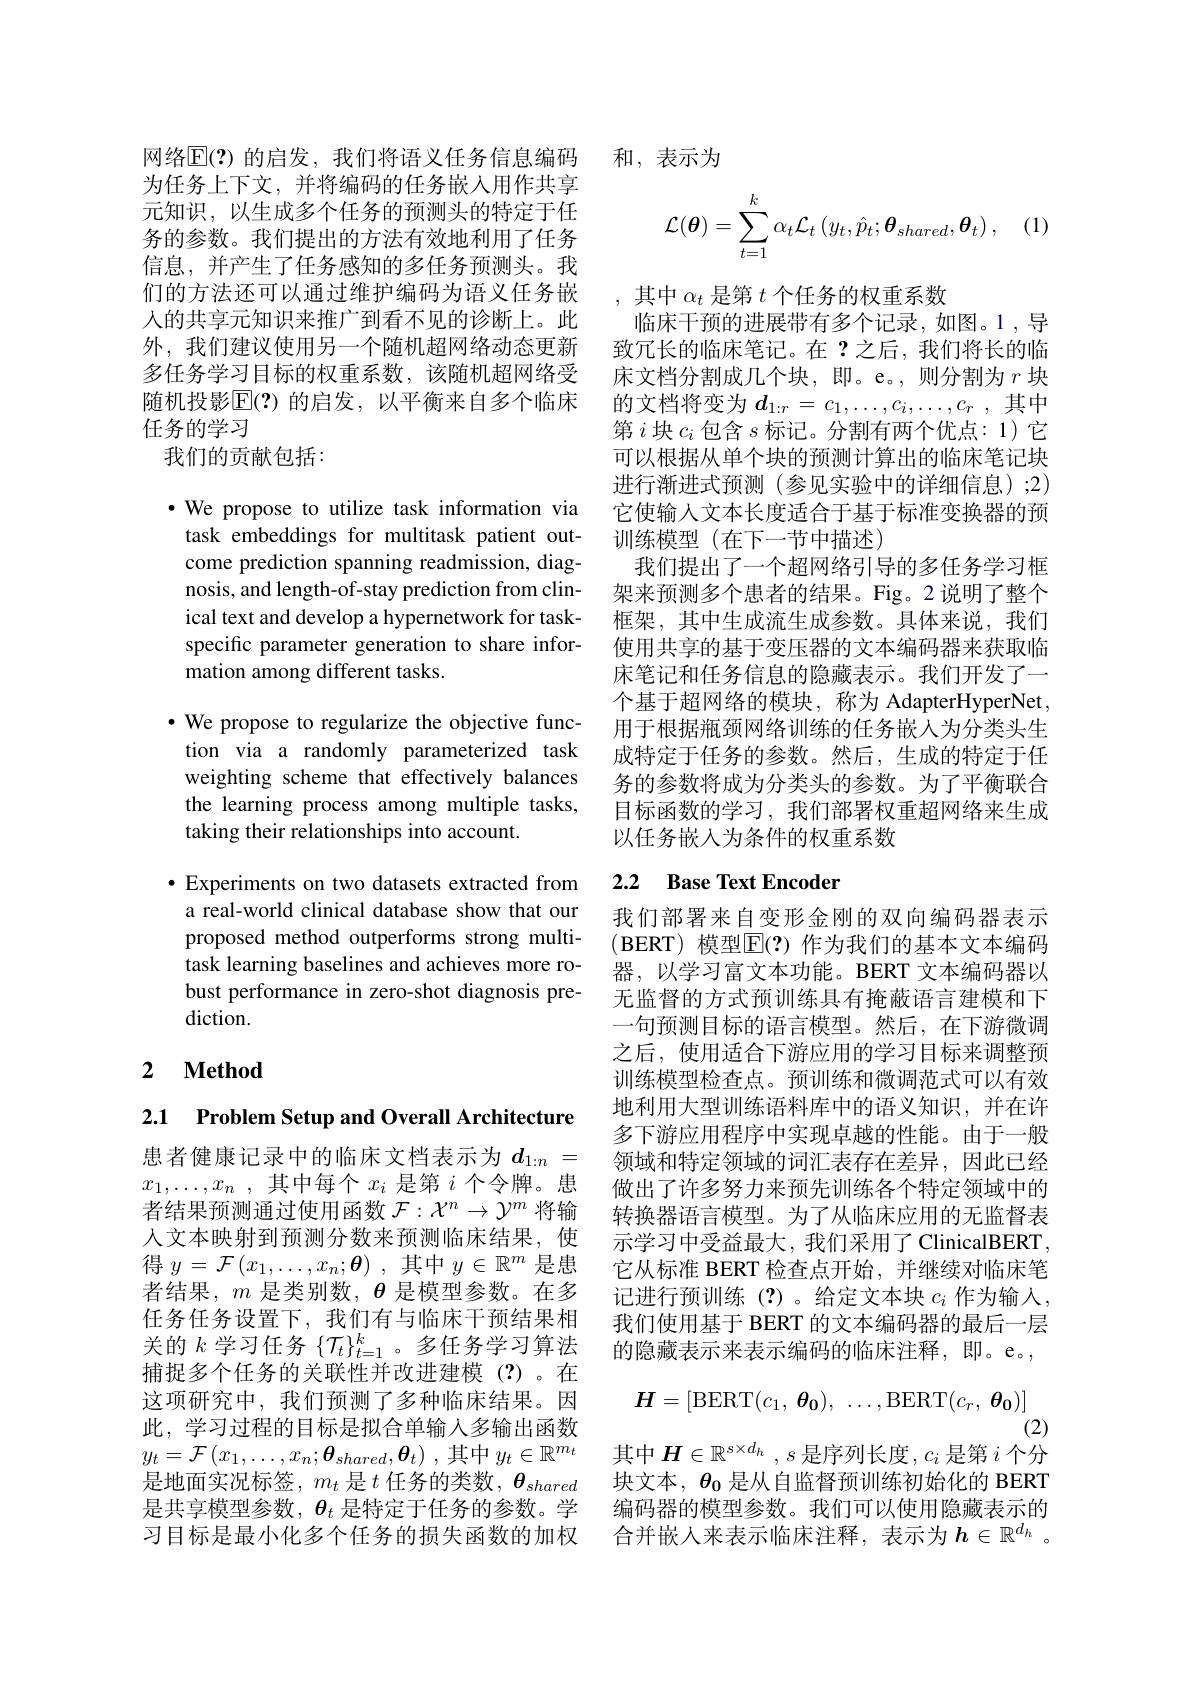
为任务上下文，并将编码的任务嵌人用作共享元知识，以生成多个任务的预测头的特定于任务的参数。我们提出的方法有效地利用了任务信息，并产生了任务感知的多任务预测头。我们的方法还可以通过维护编码为语义任务嵌人的共享元知识来推广到看不见的诊断上。此外，我们建议使用另一个随机超网络动态更新 致冗长的临床笔记。在？之后，我们将长的临多任务学习目标的权重系数，该随机超网络受 床文档分割成几个块，即。e。,则分割为$r$块随机投影$\overline{\mathrm{E}}(?)$ 的启发，以平衡来自多个临床
任务的学习
我们的贡献包括：

$\bullet$ We propose to utilize task information via come prediction spanning readmission, diagical text and develop a hypernetwork for taskspecific parameter generation to share information among different tasks.

$\bullet$ We propose to regularize the objective func-
tion via a randomly parameterized task weighting scheme that effectively balances the learning process among multiple tasks, taking their relationships into account.

a real-world clinical database show that our 我们部署来自变形金刚的双向编码器表示proposed method outperforms strong multi- (BERT) 模型E(?)作为我们的基本文本编码task learning baselines and achieves more robust performance in zero-shot diagnosis prediction.

# 2 $\textbf{Method}$

2.1 $\textbf{Problem Setup and Overall Architecture}$

患者健康记录中的临床文档表示为$d_{1:n}=$ $x_1, \ldots , x_n$ ,其中每个$x_i$ 是第 $i$ 个令牌。患者结果预测通过使用函数$\mathcal{F}:\mathcal{X}^n\to\mathcal{Y}^m$将输人文本映射到预测分数来预测临床结果，使得$y=\mathcal{F}\left(x_1,\ldots,x_n;\boldsymbol{\theta}\right)$,其中$y\in\mathbb{R}^m$ 是患者结果，$m$是类别数，$\theta$是模型参数。在多任务任务设置下，我们有与临床干预结果相关的$k$学习任务$\{\mathcal{T}_t\}_t=1^k$。多任务学习算法捕捉多个任务的关联性并改进建模(?)。在这项研究中，我们预测了多种临床结果。因此，学习过程的目标是拟合单输入多输出函数

网络$\overline{\mathbb{E}}(?)$ 的启发，我们将语义任务信息编码 和，表示为
$$\mathcal{L}(\boldsymbol{\theta})=\sum_{t=1}^{k}\alpha_{t}\mathcal{L}_{t}\left(y_{t},\hat{p}_{t};\boldsymbol{\theta}_{shared},\boldsymbol{\theta}_{t}\right),$$
,其中$\alpha_t$是第$t$个任务的权重系数
临床干预的进展带有多个记录，如图。1 ,导的文档将变为$d_{1:r}=c_1,\ldots,c_i,\ldots,c_r$ ,其中第$i$块$c_i$包含$s$标记。分割有两个优点：1)它可以根据从单个块的预测计算出的临床笔记块进行渐进式预测(参见实验中的详细信息);2) 它使输入文本长度适合于基于标准变换器的预
task embeddings for multitask patient out- 训练模型 (在下一节中描述)
我们提出了一个超网络引导的多任务学习框
nosis, and length-of-stay prediction from clin- 架来预测多个患者的结果。Fig。2 说明了整个
框架，其中生成流生成参数。具体来说，我们使用共享的基于变压器的文本编码器来获取临床笔记和任务信息的隐藏表示。我们开发了一个基于超网络的模块，称为 AdapterHyperNet, 用于根据瓶颈网络训练的任务嵌入为分类头生成特定于任务的参数。然后，生成的特定于任务的参数将成为分类头的参数。为了平衡联合目标函数的学习，我们部署权重超网络来生成以任务嵌入为条件的权重系数

# ·Experiments on two datasets extracted from 2.2 Base Text Encoder

器，以学习富文本功能。BERT 文本编码器以无监督的方式预训练具有掩蔽语言建模和下一句预测目标的语言模型。然后，在下游微调之后，使用适合下游应用的学习目标来调整预训练模型检查点。预训练和微调范式可以有效地利用大型训练语料库中的语义知识，并在许多下游应用程序中实现卓越的性能。由于一般领域和特定领域的词汇表存在差异，因此已经做出了许多努力来预先训练各个特定领域中的转换器语言模型。为了从临床应用的无监督表示学习中受益最大，我们采用了 ClinicalBERT , 它从标准 BERT 检查点开始，并继续对临床笔记进行预训练(?)。给定文本块 $c_i$ 作为输入， 我们使用基于 BERT 的文本编码器的最后一层的隐藏表示来表示编码的临床注释，即。e。,
$$H=[\mathrm{BERT}(c_1,\:\boldsymbol{\theta_0}),\:\ldots,\mathrm{BERT}(c_r,\:\boldsymbol{\theta_0})]$$
(2)
$y_t=\mathcal{F}\left(x_1,\ldots,x_n;\boldsymbol{\theta}_{shared},\boldsymbol{\theta}_t\right)$,其中$y_t\in \mathbb{R} _t^m$ 其中$\boldsymbol H\in\mathbb{R}^s\times d_h,s$ 是序列长度 $,c_i$ 是第 $i$ 个分是地面实况标签，$m_t$ 是$t$ 任务的类数，$\boldsymbol{\theta }_shared$ 块文本，$\boldsymbol{\theta}_\mathbf{0}$ 是从自监督预训练初始化的 BERT 是共享模型参数，$\boldsymbol{\theta}_t$是特定于任务的参数。学 编码器的模型参数。我们可以使用隐藏表示的习目标是最小化多个任务的损失函数的加权 合并嵌人来表示临床注释，表示为$h\in\mathbb{R}^{d_h}$ 。